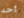
أحد